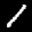
Label: 1